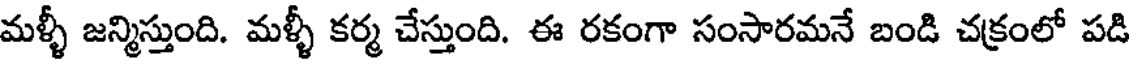
మళ్ళీ జన్మిస్తుంది. మళ్ళీ కర్మ చేస్తుంది. ఈ రకంగా సంసారమనే బండి చక్రంలో పడి